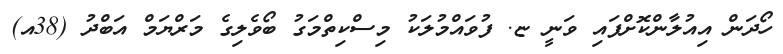
ހޯދަން އިއުލާންކޮށްފައި ވަނީ ޏ. ފުވައްމުލަކު މިސްކިތްމަގު ބޯވެލިގެ މަރްޔަމް އަބްދު (38އ)